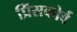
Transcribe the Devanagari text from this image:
प्रिंसकोर्व